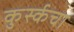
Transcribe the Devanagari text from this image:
कुर्स्कचा